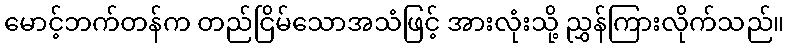
မောင့်ဘက်တန်က တည်ငြိမ်သောအသံဖြင့် အားလုံးသို့ ညွှန်ကြားလိုက်သည်။